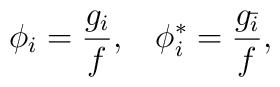
\phi_{i}=\frac{g_{i}}{f},\;\;\;\phi_{i}^{*}=\frac{g_{\bar{i}}}{f},